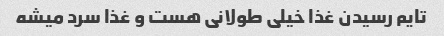
تایم رسیدن غذا خیلی طولانی هست و غذا سرد میشه